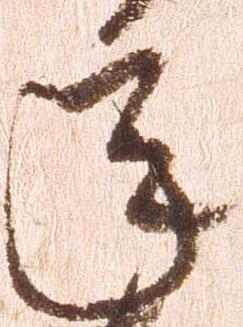
年